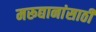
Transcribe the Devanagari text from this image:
मरूद्यानांसाठी